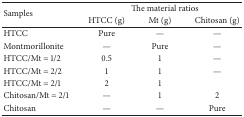
| <ROWSPAN=2> Samples | <COLSPAN=3> The material ratios |
 | HTCC (g) | Mt (g) | Chitosan (g) |
 | --- | --- | --- | --- |
 | HTCC | Pure | — | — |
 | Montmorillonite | — | Pure | — |
 | HTCC/Mt = 1/2 | 0.5 | 1 | — |
 | HTCC/Mt = 2/2 | 1 | 1 | — |
 | HTCC/Mt = 2/1 | 2 | 1 |  |
 | Chitosan/Mt = 2/1 | — | 1 | 2 |
 | Chitosan | — | — | Pure |